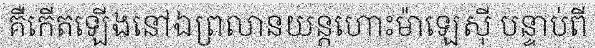
គឺកើតឡើងនៅឯព្រលានយន្តហោះម៉ាឡេស៊ី បន្ទាប់ពី